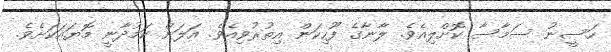
ހަސީނު ސަމާސާ ކޮށްލިއެވެ. ލާނާގެ ފޫހިކަން އިތުރުވިއެވެ. އަލަން ކަމުދާނީ މޮޔައަކަށެވެ.